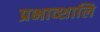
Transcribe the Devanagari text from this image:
प्रभाव्शालि